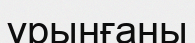
ұрынғаны